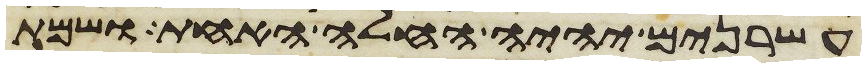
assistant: עשרנים יהיה החלה האחת ושמת